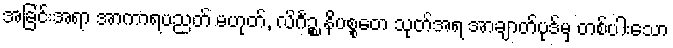
အခြင်းအရာ အာကာရပညတ် မဟုတ်, လိင်္ဂဉ္စ နိပစ္စတေ သုတ်အရ အာချာတ်ပုဒ်မှ တစ်ပါးသော